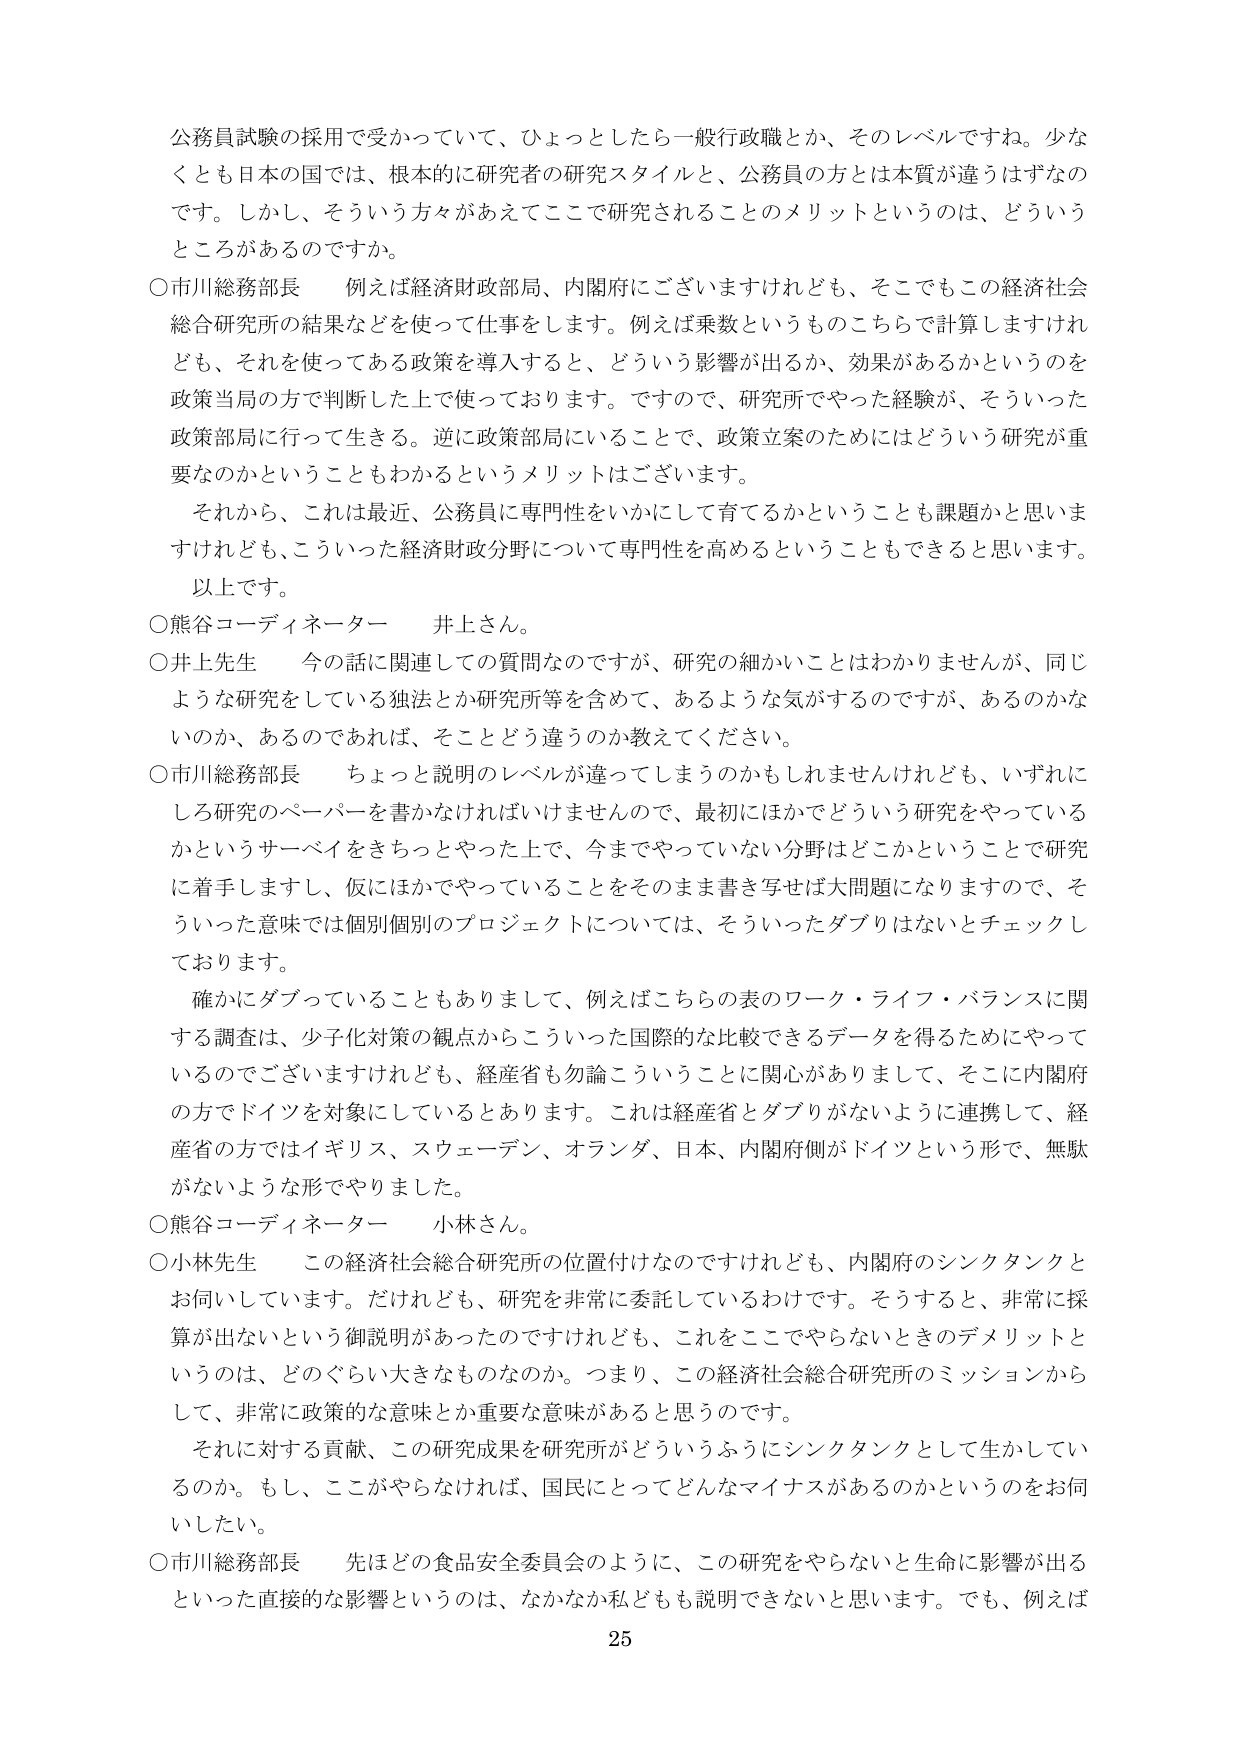
公務員試験の採用で受かっていて、ひょっとしたら一般行政職とか、そのレベルですね。少なくとも日本の国では、根本的に研究者の研究スタイルと、公務員の方とは本質が違うはずなのです。しかし、そういう方々があえてここで研究されることのメリットというのは、どういうところがあるのですか。

○市川総務部長　例えば経済財政局、内閣府にございますけれども、そこでもこの経済社会総合研究所の結果などを使って仕事をします。例えば乗数というもののこちらで計算しますけれども、それを使ってある政策を導入すると、どういう影響が出るか、効果があるかというのを政策当局の方で判断した上で使っております。ですので、研究所でやった経験が、そういった政策部局に行って生きる。逆に政策部局にいることで、政策立案のためにはどういう研究が重要なのかということもわかるというメリットはございます。

それから、これは最近、公務員に専門性をいかにして育てるかということも課題かと思いますけれども、こういった経済財政分野について専門性を高めるということもできると思います。

以上です。

○熊谷コーディネーター　井上さん。

○井上先生　今の話に関連しての質問なのですが、研究の細かいことはわかりませんが、同じような研究をしている独法とか研究所等を含めて、あるような気がするのですが、あるのかないのか、あるのであれば、そことどう違うのか教えてください。

○市川総務部長　ちょっと説明のレベルが違ってしまうのかもしれませんが、いずれにしろ研究のペーパーを書かなければいけませんので、最初にほかでどういう研究をやっているかというサーベイをきちっとやった上で、今までやっていない分野はどこかということで研究に着手しますし、仮にほかでやっていることをそのまま書き写せば大問題になりますので、そういった意味では個別個別のプロジェクトについては、そういったダブリはないとチェックしております。

確かにダブっていることもありますし、例えばこちらの表のワーク・ライフ・バランスに関する調査は、少子化対策の観点からこういった国際的な比較できるデータを得るためにやっているのでございますけれども、経産省も勿論こういうことに関心がありまして、そこに内閣府の方でドイツを対象にしているとあります。これは経産省とダブりがないように連携して、経産省の方ではイギリス、スウェーデン、オランダ、日本、内閣府側がドイツという形で、無駄がないような形でやりました。

○熊谷コーディネーター　小林さん。

○小林先生　この経済社会総合研究所の位置付けなのですけれども、内閣府のシンクタンクとお伺いしています。だけれども、研究を非常に委託しているわけです。そうすると、非常に採算が出ないという御説明があったのですけれども、これをここでやらないときのデメリットというのは、どのぐらい大きなものなのか。つまり、この経済社会総合研究所のミッションからして、非常に政策的な意味とか重要な意味があると思うのです。

それに対する貢献、この研究成果を研究所がどういうふうにシンクタンクとして生かしているのか。もし、ここがやらなければ、国民にとってどんなマイナスがあるのかというのをお伺いしたい。

○市川総務部長　先ほどの食品安全委員会のように、この研究をやらないと生命に影響が出るといった直接的な影響というのは、なかなか私どもも説明できないと思います。でも、例えば

25